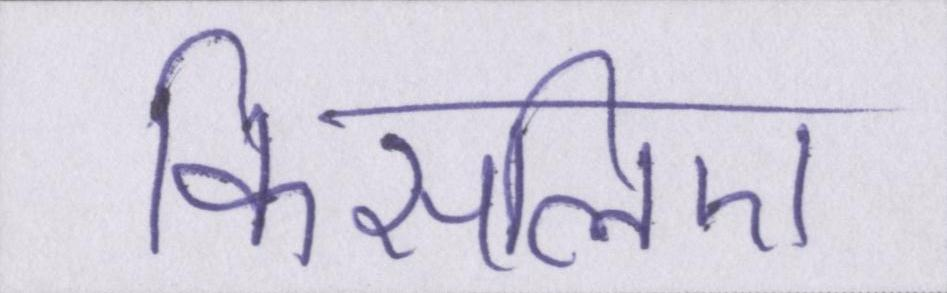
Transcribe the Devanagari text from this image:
किसलिए